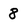
Character: 8